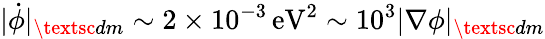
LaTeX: |\dot{\phi}|_{\textsc{dm}}\sim 2\times 10^{-3}\, \mathrm{eV}^{2}\sim 10^{3}|\nabla\phi|_{\textsc{dm}}